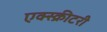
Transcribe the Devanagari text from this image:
एक्स्क्रीटरी